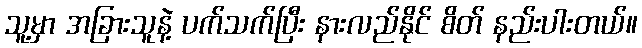
သူ့မှာ အခြားသူနဲ့ ပက်သက်ပြီး နားလည်နိုင် စိတ် နည်းပါးတယ်။